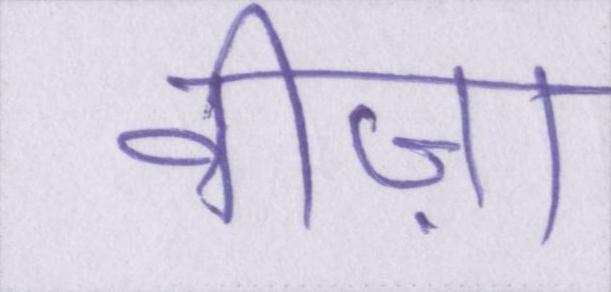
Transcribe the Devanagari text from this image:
वीज़ा